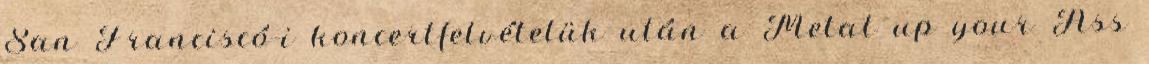
San Franciscó-i koncertfelvételük után a Metal up your Ass